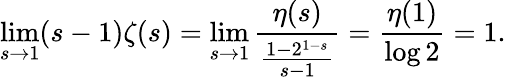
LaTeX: \operatorname*{lim}_{s\to 1}(s-1)\zeta(s)=\operatorname*{lim}_{s\to 1}{\frac{\eta(s)}{\frac{1-2^{1-s}}{s-1}}}={\frac{\eta(1)}{\log 2}}=1.